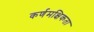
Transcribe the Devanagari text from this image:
कर्णमक्षिकता